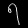
Digit: ၅